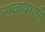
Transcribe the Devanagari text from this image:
राजधाानी